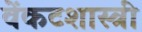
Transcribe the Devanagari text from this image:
वेंकटशास्त्री